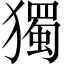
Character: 獨